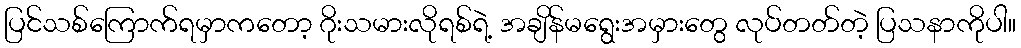
ပြင်သစ်ကြောက်ရမှာကတော့ ဂိုးသမားလိုရစ်ရဲ့ အချိန်မရွေးအမှားတွေ လုပ်တတ်တဲ့ ပြသနာကိုပါ။